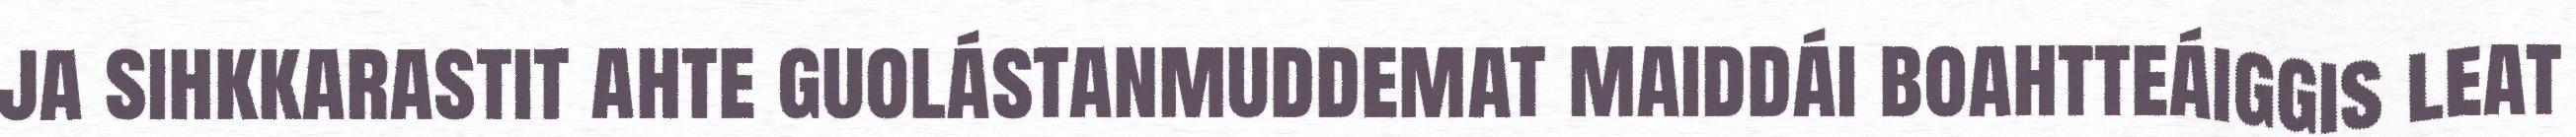
ja sihkkarastit ahte guolástanmuddemat maiddái boahtteáiggis leat